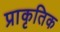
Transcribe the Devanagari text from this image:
प्राकृतिक